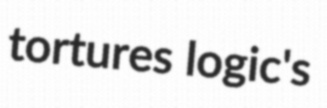
tortures logic's